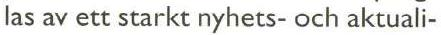
las av ett starkt nyhets- och aktuali-